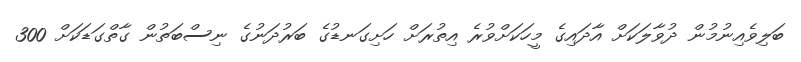
ބަލިވެއިނުމުން ދުވާލަކަށް އާދައިގެ މީހަކަށްވުރެ އިތުރަށް ހަށިގަނޑުގެ ބަރުދަނުގެ ނިސްބަތުން ގާތްގަޑަކަށް 300